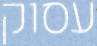
עסוק